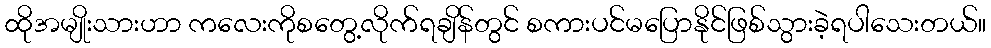
ထိုအမျိုးသားဟာ ကလေးကိုစတွေ့လိုက်ရချိန်တွင် စကားပင်မပြောနိုင်ဖြစ်သွားခဲ့ရပါသေးတယ်။